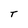
Character: T